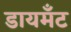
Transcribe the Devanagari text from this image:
डायमॅंट